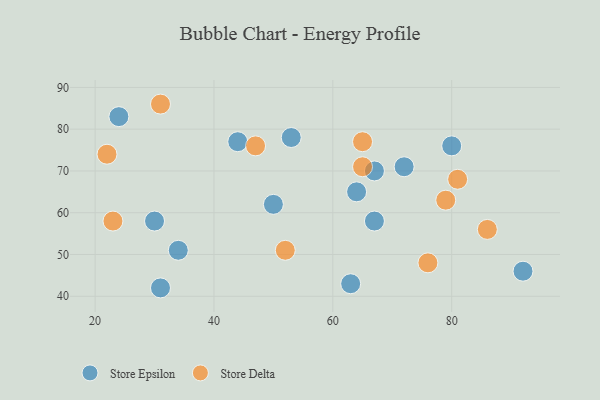
{"axis": {"x": "GDP", "y": "Life Expectancy"}, "legend": ["Store Delta", "Store Epsilon"], "data": [{"x": "80", "y": 76, "type": "Store Epsilon"}, {"x": "53", "y": 78, "type": "Store Epsilon"}, {"x": "72", "y": 71, "type": "Store Epsilon"}, {"x": "92", "y": 46, "type": "Store Epsilon"}, {"x": "64", "y": 65, "type": "Store Epsilon"}, {"x": "67", "y": 58, "type": "Store Epsilon"}, {"x": "24", "y": 83, "type": "Store Epsilon"}, {"x": "31", "y": 42, "type": "Store Epsilon"}, {"x": "63", "y": 43, "type": "Store Epsilon"}, {"x": "67", "y": 70, "type": "Store Epsilon"}, {"x": "50", "y": 62, "type": "Store Epsilon"}, {"x": "44", "y": 77, "type": "Store Epsilon"}, {"x": "34", "y": 51, "type": "Store Epsilon"}, {"x": "30", "y": 58, "type": "Store Epsilon"}, {"x": "52", "y": 51, "type": "Store Delta"}, {"x": "65", "y": 71, "type": "Store Delta"}, {"x": "76", "y": 48, "type": "Store Delta"}, {"x": "47", "y": 76, "type": "Store Delta"}, {"x": "81", "y": 68, "type": "Store Delta"}, {"x": "65", "y": 77, "type": "Store Delta"}, {"x": "31", "y": 86, "type": "Store Delta"}, {"x": "79", "y": 63, "type": "Store Delta"}, {"x": "22", "y": 74, "type": "Store Delta"}, {"x": "86", "y": 56, "type": "Store Delta"}, {"x": "23", "y": 58, "type": "Store Delta"}]}